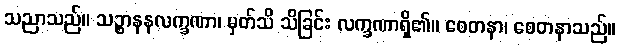
သညာသည်။ သဉ္စာနနလက္ခဏာ၊ မှတ်သိ သိခြင်း လက္ခဏာရှိ၏။ စေတနာ၊ စေတနာသည်။